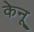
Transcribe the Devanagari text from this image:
केनू